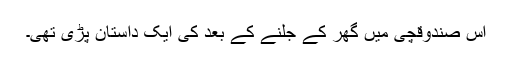
اس صندوقچی میں گھر کے جلنے کے بعد کی ایک داستان پڑی تھی۔